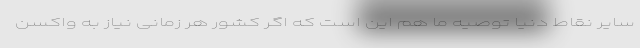
سایر نقاط دنیا توصیه ما هم این است که اگر کشور هر زمانی نیاز به واکسن